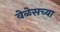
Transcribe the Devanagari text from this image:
वेळेसच्या